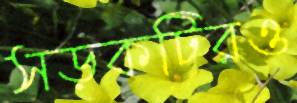
সড়কটিরও